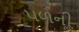
પળની